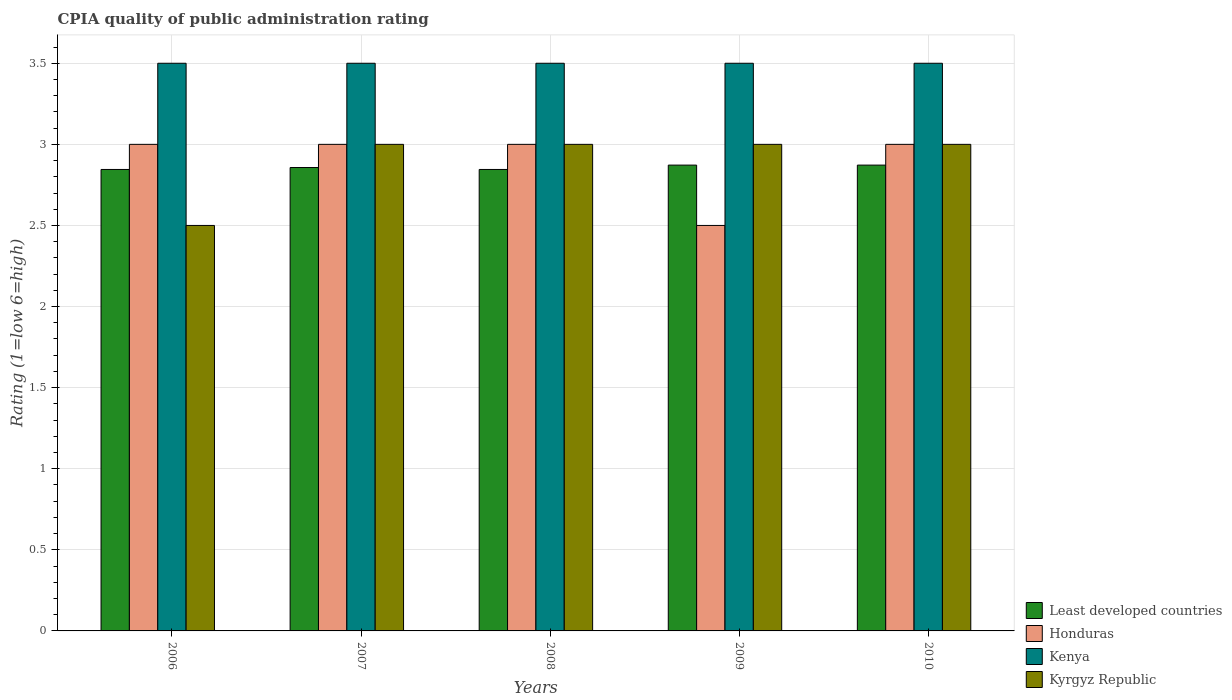
| Years | Least developed countries | Honduras | Kenya | Kyrgyz Republic |
 | --- | --- | --- | --- | --- |
 | 2006 | 2.85 | 3 | 3.5 | 2.5 |
 | 2007 | 2.86 | 3 | 3.5 | 3 |
 | 2008 | 2.85 | 3 | 3.5 | 3 |
 | 2009 | 2.87 | 2.5 | 3.5 | 3 |
 | 2010 | 2.87 | 3 | 3.5 | 3 |